Calcutta medical institutions reports 1871-78
Year: 1871
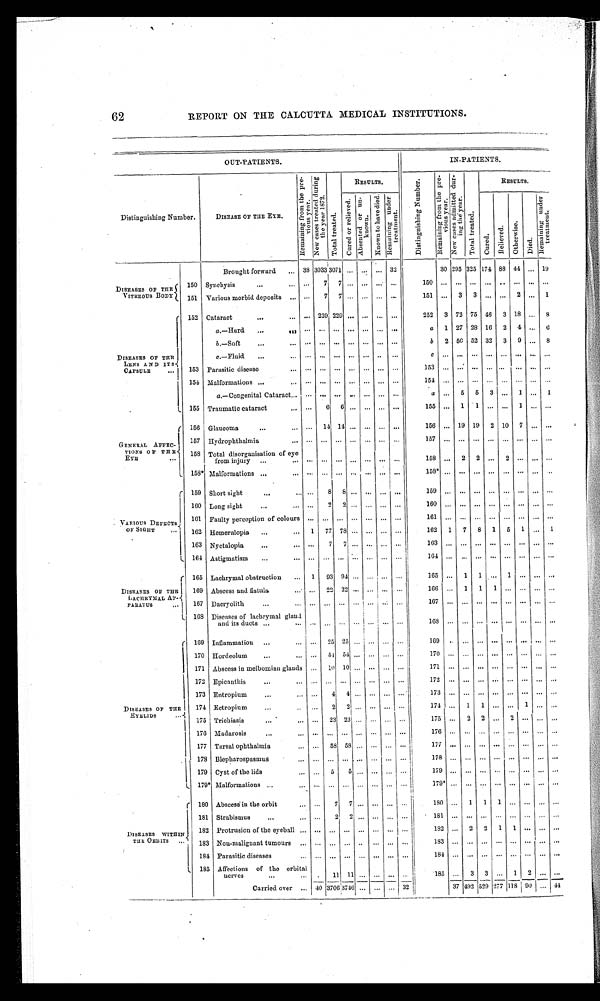
62
REPORT ON THE CALCUTTA MEDICAL INSTITUTIONS.
OUT-PATIENTS.
IN-PATIENTS.
Distinguishing Number.
DISEASE OF THE EYE,
.:.,
R E S U L T S
RESULTS
Brought forward
33 3033 3071 ...
... 32
30 295 325 174 88 44 ... 19
150 Synchysis
—
DE OF
DISEASES
TH
VITREOUS BODY
(
151
152
Various morbid deposits
Cataract
•..
.,.
7
229
7
229
...
...
— —
...
..
...
151
252
..,
3
3
72
3
75
..,
46
„
3
2
18
, .,
...
1
8
a.—Hard
.,.
SI)
'••
...
...
...
•• nn
a
1 27 28 16
2
4 ...
6
b.—Soft
... ... ... ... ... ...
5
2 50 52 32
3
9 ...
8
DISEASES OF TILE
c.—Fluid
••• •.. — ... ••• ..
•••
LENS AND ITS.{
Carstruc
...
153 Parasitic disease
... ... ... ...
... ... ...
...
...
... ... ...
.
L
154
155
Malformations ...
„,
a.— Congenital Cataract...
Traumatic cataract
..•
...
—
•••
...
...
...
...
...
—
...
...
... ...
...
a ..,
5
5
3 ...
1 ..,
1
( 156 Glaucoma
...
156 ... 19 19
2 10
7 ,.. ...
I 157 Hydrophthalmia
„. ...
... ... ...
... ..,
...
GENERAL AFFEC-
TIONS OF TDB
:EYE
i 153 Total disorganisation of eye
from injury
...
... ...
...
... .„ ... ...
...
158 •..
2
2 ,..
2 ... ... ...
L 153* Malformations ..•
... •••
... ... ... ... ...
... ...
( 159 Short sight
,..
... •••
...
159
... ... ...
160 Long sight
—
••• ••• ... ...
-VARIOUS Daraors.
161 Faulty perception of colours ... ... ... ...
... ...
Or SIGHT
•••
162 ilemeralopia
...
1
77 73 ... ... ... ...
162
1
7
8
1
5
1 ...
1
163 Nyctalopia
l. 164 Astigmatism ...
...
...
...
... •... ...
... ...
16
... ... ... ...
( 165 Lachrymal obstruction
...
1
93 94 ... ... ... ...
165 ...
1
1 ...
1 ... •.. ...
DISEASES or THE I
169 Abscess and fistula
166 ...
1
1
1 ... ... ... ...
I)ACILICYMAL AP—{
PARATUS
„, i 167 Dacryolith
...
...
...
... ... ...
167
...
... ... ... ...
L 168 Diseases of lachrymal gland
and its ducts ...
...
...
...
... ...
...
168
... ... ...
...
r 169 Inflammation ...
...
25 25 ... ...
..
169
... ...
... ... ...
170 Ltordeolum
...
171 Abscess in meibomian glands ...
10 10 ... ... ... ...
171
172 Epicantlds
...
...
...
... ...
173
...
•••
173 Entropium
...
DISEASES Or THE
174 Entropium
..,
174 ...
1
EYELIDS
175 Trichiasis
... '
175 ...
2
2 ...
2 ...
..
176 Madarosis
• -
... ... ... ... ...
••. •••
176
177 Tarsal ophthalmia
178 131epharospasams
...
... ...
... ...
...
179 Cyst of the lids
...
5
5 ... ...
179 ...
... ... ... ... ... ..
(.. 179* Malformations ...
...
...
...
... ...
...
...
1 180 Abscess in the orbit
180 ...
1
1
1 ... ... ... ..
1S1 Strabismus
...
...
...
...
..
DISEASES WITIN I
182 Protrusion of the eyeball .., ... .., ...
1S2 ...
2
2
1
1 ... ... ..
TEE ORBITS "•
183 Nou-malignant tumours ... ... ... ... ..
... .„
.
184 Parasitic diseases
...
... ... ...
...
... ...
...
1. 185 Affections of the orbital
nerves
...
...
.
11 11 ...
... ..
185 ...
3
3 ...
1
2 ...
Carried over
_
40
____
3706
n __
3746
— 1
32 ,
37 492 529 277 113 90
4
........
A